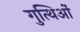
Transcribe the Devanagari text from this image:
गुत्थिओं